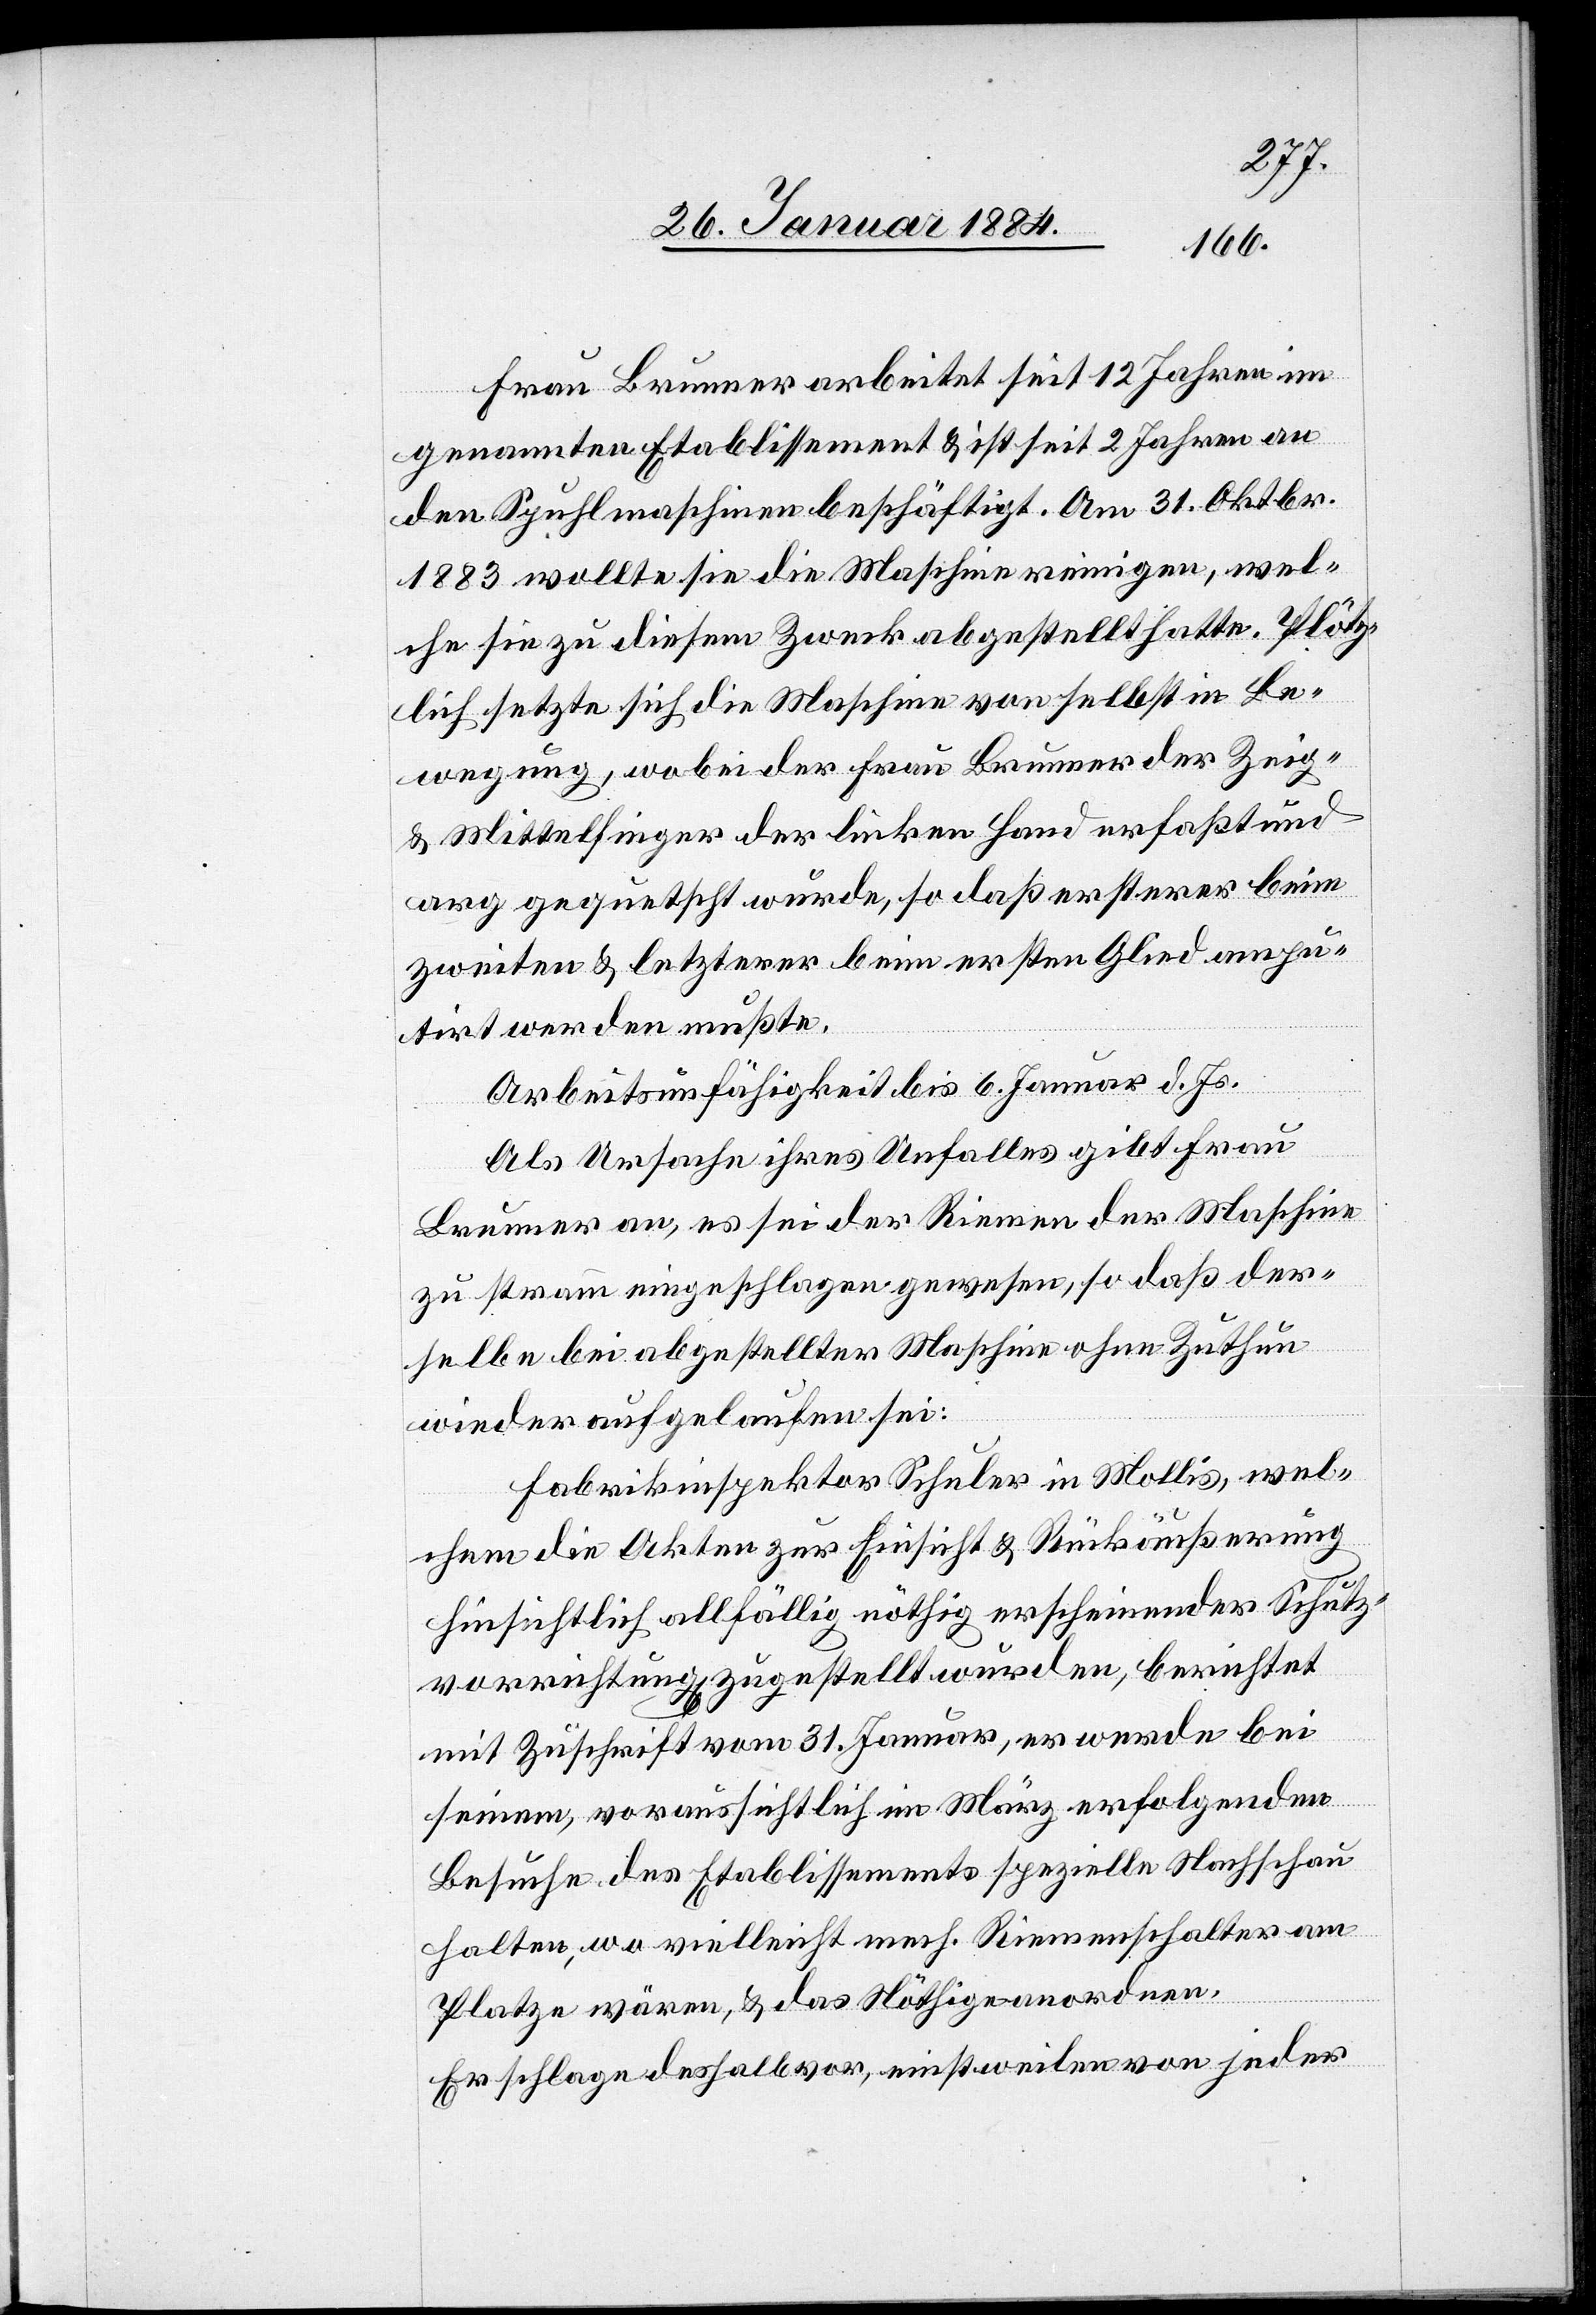
Frau Brunner arbeitet seit 12 Jahren im
genannten Etablissement & ist seit 2 Jahren an
den Spuhlmaschinen beschäftigt. Am 31. Oktbr.
1883 wollte sie die Maschine reinigen, wel¬
che sie zu diesem Zweck abgestellt hatte. Plötz¬
lich setzte sich die Maschine von selbst in Be¬
wegung, wobei der Frau Brunner der Zeig-
& Mittelfinger der linken Hand erfaßt und
arg gequetscht wurde, so daß ersterer beim
zweiten & letztere beim ersten Glied ampu¬
tirt werden mußten.
Arbeitsunfähigkeit bis 6. Januar d. Js.
Als Ursache ihres Unfalles gibt Frau
Brunner an, es sei der Riemen der Maschine
zu stramm eingeschlagen gewesen, so daß der¬
selbe bei abgestellter Maschine ohne Zuthun
wieder angelaufen sei.
Fabrikinspektor Schuler, in Mollis, wel¬
chem die Akten zur Einsicht & Rückäußerung
hinsichtlich allfällig nöthig erscheinender Schutz¬
vorrichtung zugestellt wurden, berichtet
mit Zuschrift vom 31. Januar, er werde bei
seinem, voraussichtlich im März erfolgendem
Besuche des Etablissements spezielle Nachschau
halten, wo vielleicht mech. Riemenhalter am
Platze wären, & das Nöthige anordnen.
Er schlage deshalb vor, einstweilen von jeder